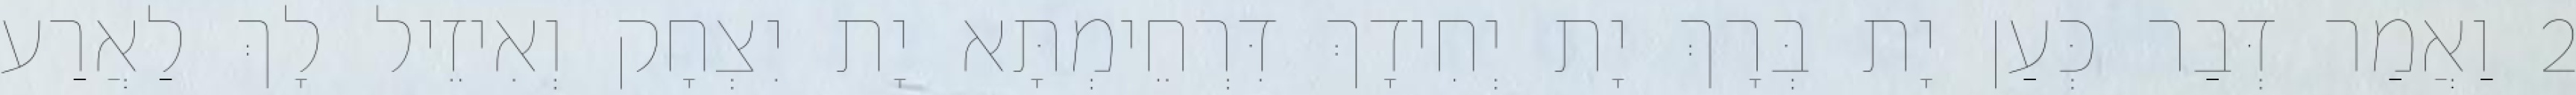
2 וַאֲמַר דְּבַר כְּעַן יָת בְּרָךְ יָת יְחִידָךְ דִּרְחֵימְתָּא יָת יִצְחָק וְאִיזֵיל לָךְ לַאֲרַע